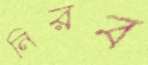
নিরব